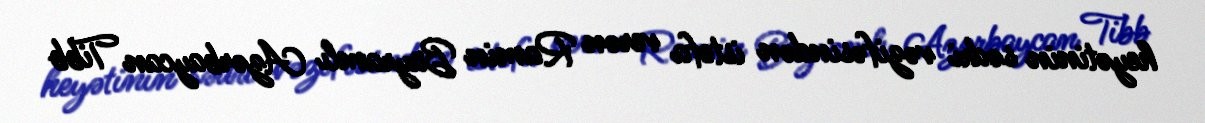
heyətinin sədri vəzifəsindən istefa verən Ramin Bayramlı Azərbaycan Tibb